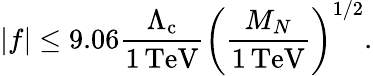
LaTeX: |f|\le 9.06\frac{\Lambda_{\mathrm{c}}}{1\, \mathrm{TeV}}\biggl(\frac{M_{N}}{1\, \mathrm{TeV}}\biggr)^{1/2}.